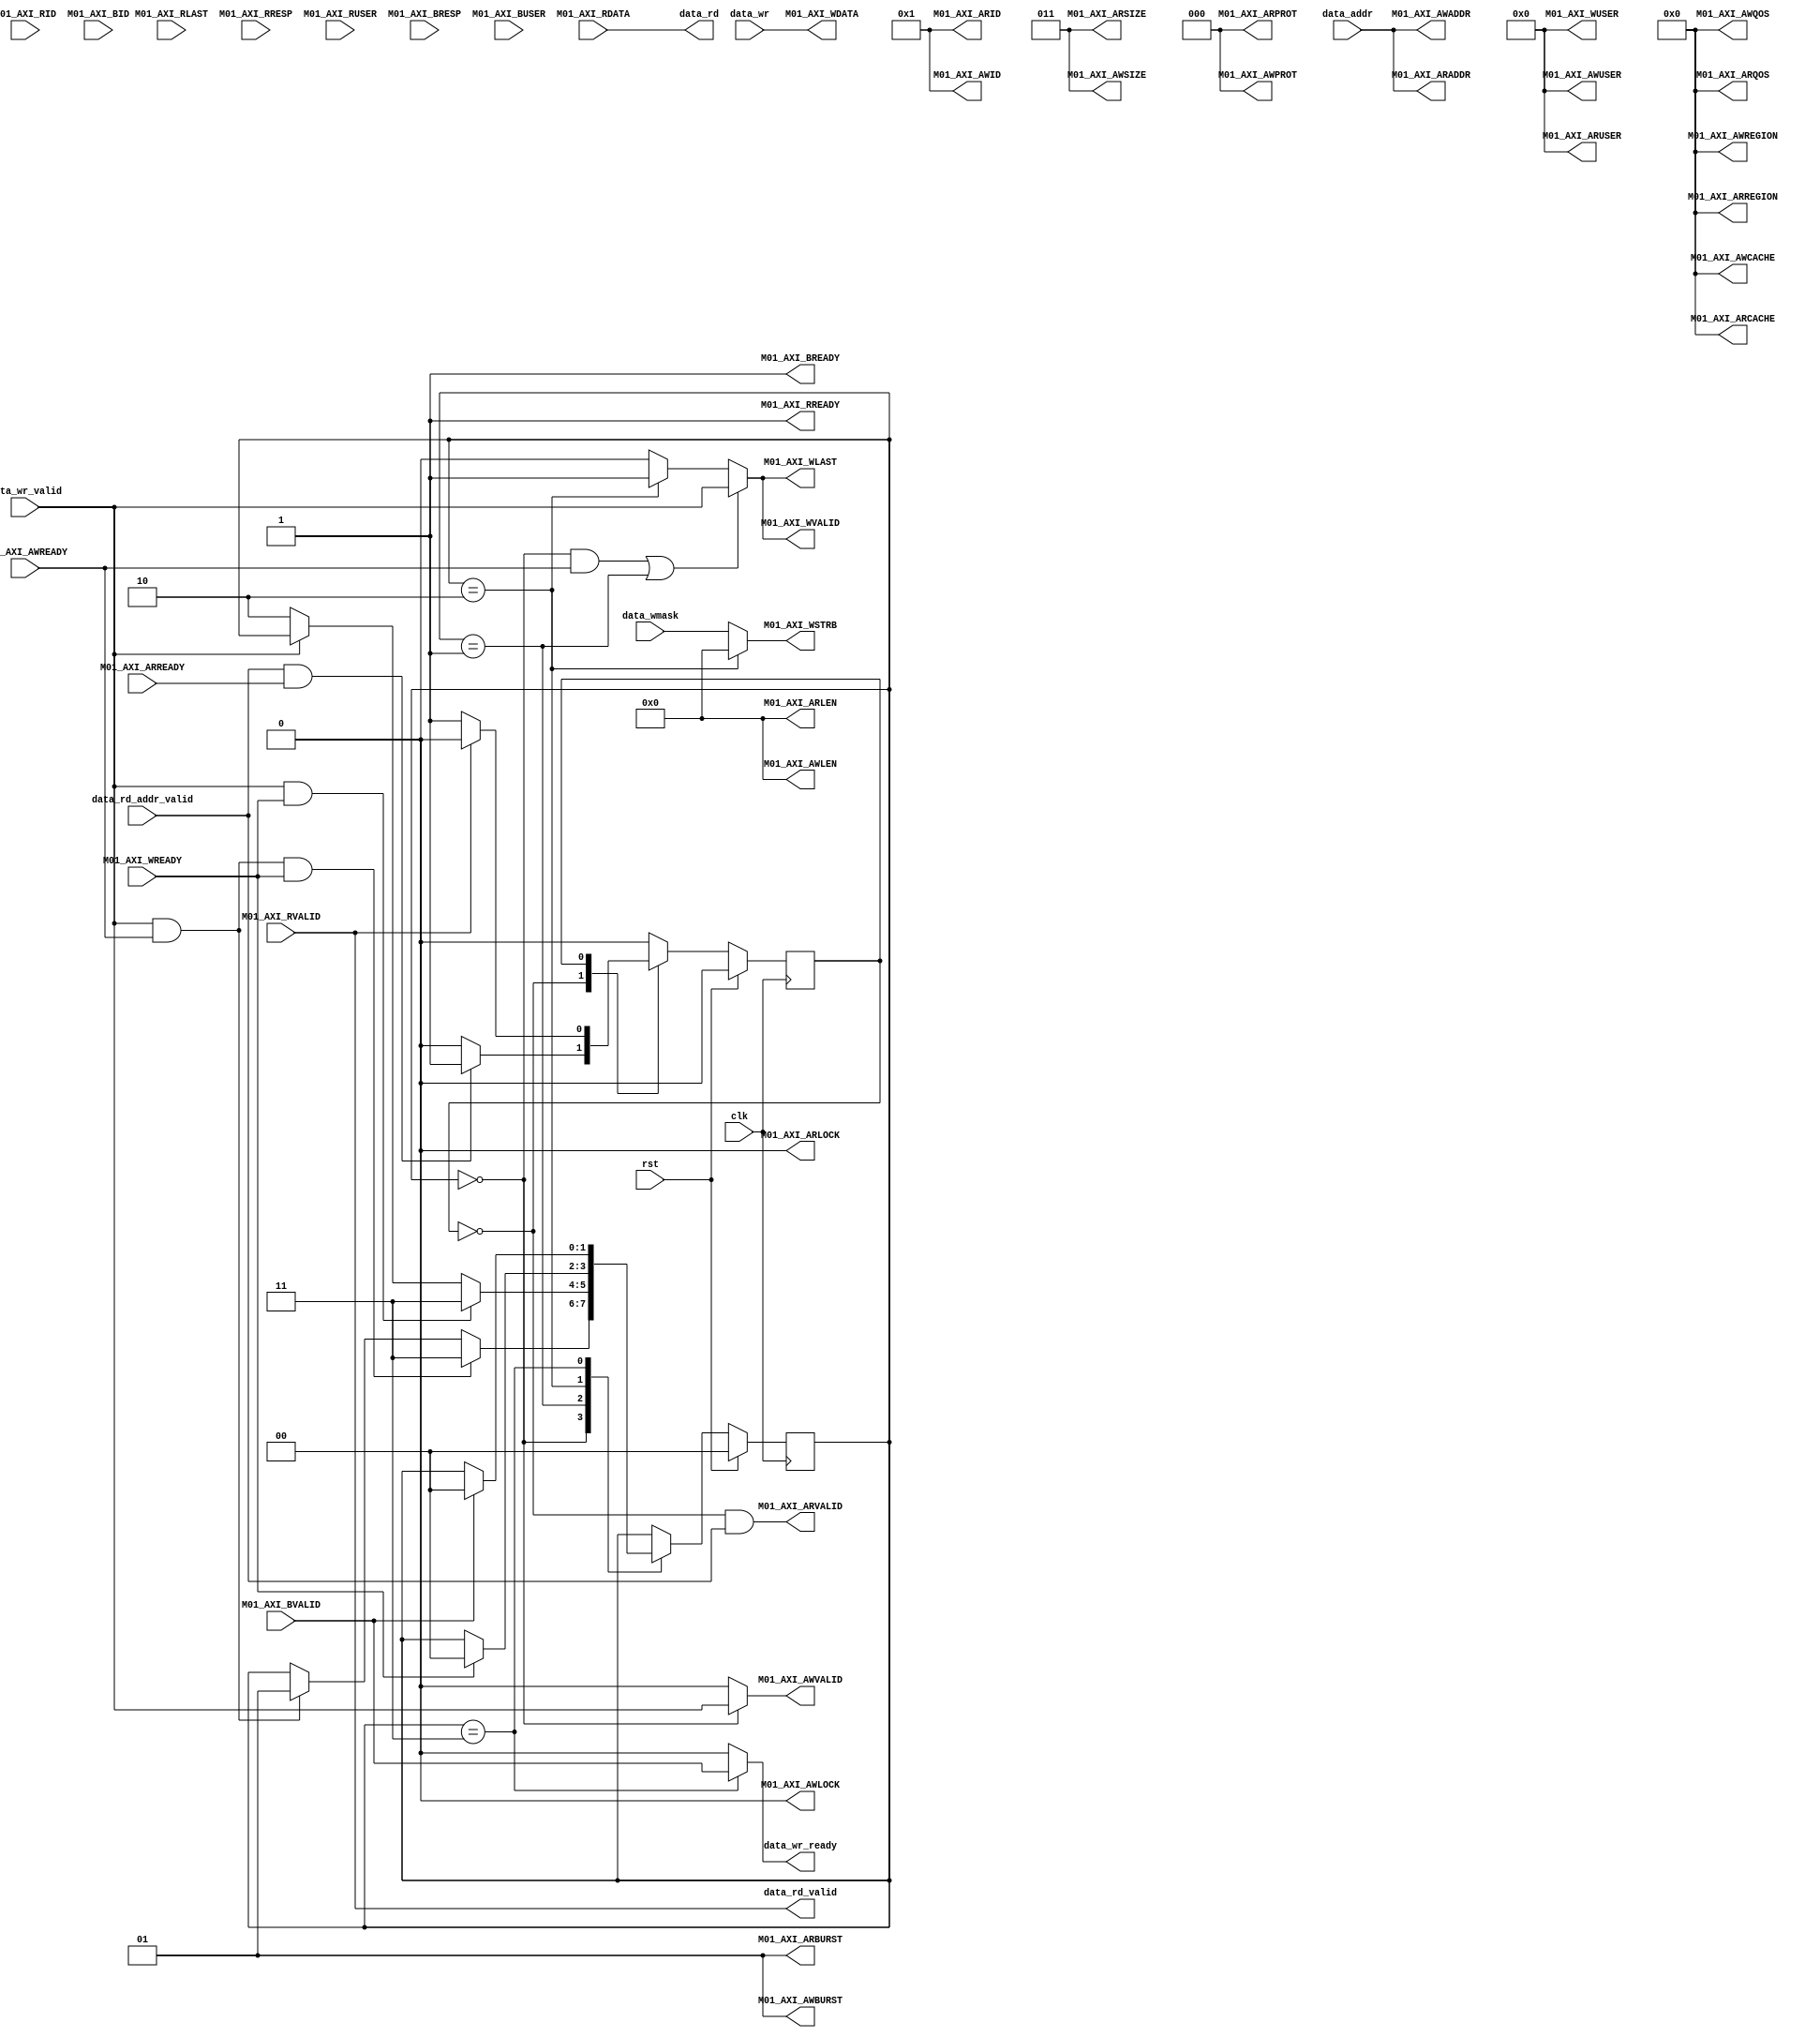
module mem_axi_rw#(
    parameter   DATA_WIDTH  = 64,             	//数据位宽
    parameter   ADDR_WIDTH  = 64,               //地址位宽              
    parameter   ID_WIDTH    = 4,               	//ID位宽
    parameter   USER_WIDTH  = 1024,             //USER位宽
	parameter	STRB_WIDTH  = 8
)(
	input        			clk			,
	input		 			rst			,

	input  [63:0] 	  		  data_addr  				   ,
	input 					  data_rd_addr_valid  		   ,
	output [DATA_WIDTH-1:0]   data_rd     				   ,
	output					  data_rd_valid				   ,
	input 					  data_wr_valid  		   	   ,
    input  [7:0] 		  	  data_wmask 				   ,
	input  [DATA_WIDTH-1:0]   data_wr    				   ,
	output	reg				  data_wr_ready				   ,
	
	output [ADDR_WIDTH-1:0]   M01_AXI_ARADDR               ,   
	output                    M01_AXI_ARVALID              ,   
	input                     M01_AXI_ARREADY              ,   
	output [7:0]              M01_AXI_ARLEN                , 
	output [ID_WIDTH-1:0]     M01_AXI_ARID                 ,   
	output [2:0]              M01_AXI_ARSIZE               ,   
	output [1:0]              M01_AXI_ARBURST              ,   
	output                    M01_AXI_ARLOCK               ,   
	output [3:0]              M01_AXI_ARCACHE              ,   
	output [2:0]              M01_AXI_ARPROT               ,   
	output [3:0]              M01_AXI_ARQOS                , 
	output [3:0]              M01_AXI_ARREGION             ,
    output [USER_WIDTH-1:0]   M01_AXI_ARUSER			   ,
	
	input [DATA_WIDTH-1:0]    M01_AXI_RDATA                ,   
	input                     M01_AXI_RLAST                ,   
	input                     M01_AXI_RVALID               ,   
	output                    M01_AXI_RREADY               , 
	input [ID_WIDTH-1:0]      M01_AXI_RID                  ,   
	input [1:0]               M01_AXI_RRESP                , 
	input [USER_WIDTH-1:0]	  M01_AXI_RUSER				   ,

	output [ADDR_WIDTH-1:0]   M01_AXI_AWADDR               , 
	output                    M01_AXI_AWVALID              , 
	input                     M01_AXI_AWREADY              , 
	output [7:0]              M01_AXI_AWLEN                , 
	output [ID_WIDTH-1:0]     M01_AXI_AWID                 , 
	output [2:0]              M01_AXI_AWSIZE               , 
	output [1:0]              M01_AXI_AWBURST              , 
	output                    M01_AXI_AWLOCK               , 
	output [3:0]              M01_AXI_AWCACHE              , 
	output [2:0]              M01_AXI_AWPROT               , 
	output [3:0]              M01_AXI_AWQOS                ,	
	output [3:0]              M01_AXI_AWREGION			  ,
    output [USER_WIDTH-1:0]   M01_AXI_AWUSER				  ,
	
	output [DATA_WIDTH-1:0]   M01_AXI_WDATA                , 
	output                    M01_AXI_WLAST                , 
	output                    M01_AXI_WVALID               , 
	input                     M01_AXI_WREADY               , 
	output [STRB_WIDTH-1:0]   M01_AXI_WSTRB                , 
    output [USER_WIDTH-1:0]   M01_AXI_WUSER				  ,	
	
	input [ID_WIDTH-1:0]      M01_AXI_BID                  , 
	input [1:0]               M01_AXI_BRESP                , 
	input                     M01_AXI_BVALID               , 
	output                    M01_AXI_BREADY               , 
	input [USER_WIDTH-1:0]    M01_AXI_BUSER				  	
);

reg		R_rd_state	= 'b0		;
parameter [1:0]  S_IDLE = 'd0	;
parameter [1:0]  S_ADDR_OVER = 'd1 ;
always@(posedge clk) begin
	if(rst) begin
		R_rd_state <=  S_IDLE			;
	end
	else case(R_rd_state) 
		S_IDLE: begin
			if(data_rd_addr_valid && M01_AXI_ARREADY ) 
				R_rd_state	<=	S_ADDR_OVER	;
		end
		S_ADDR_OVER:begin
			if(M01_AXI_RVALID)
				R_rd_state 	<=	S_IDLE		;
		end
		default:begin
			R_rd_state	<=	S_IDLE			;
		end
	endcase
end
	
			

assign 	  M01_AXI_ARADDR     =    data_addr			;
assign    M01_AXI_ARVALID    =	  (R_rd_state == S_IDLE) && data_rd_addr_valid;    
assign    M01_AXI_ARLEN 	 =	  'd0				;     
assign    M01_AXI_ARID		 =	  'd1				;       
assign    M01_AXI_ARSIZE	 = 	  'b011				;     
assign    M01_AXI_ARBURST	 =	  'b001				;    
assign    M01_AXI_ARLOCK     =  	'd0				;
assign    M01_AXI_ARCACHE    =    	'd0				;
assign    M01_AXI_ARPROT     =     	'd0				;
assign    M01_AXI_ARQOS      =		'd0				;
assign    M01_AXI_ARREGION   =  	'd0				;
assign    M01_AXI_ARUSER	 =      'd0				;
    
assign    data_rd 			 = 	M01_AXI_RDATA		;	           
assign    data_rd_valid		 =	M01_AXI_RVALID		;     
assign    M01_AXI_RREADY 	 = 'b1					;    


reg  [1:0]  R_wr_state 	     = 'd0	;
parameter [1:0]	 S_DEAL		 = 'd2	;
parameter [1:0]	 S_OVER		 = 'd3	;

always@(posedge clk) begin
	if(rst)
		R_wr_state <= S_IDLE		;
	else begin
		case(R_wr_state)
			S_IDLE:begin
				if(data_wr_valid && M01_AXI_AWREADY && M01_AXI_WREADY)
					R_wr_state  <= S_OVER		;
				else if(data_wr_valid && M01_AXI_AWREADY)
					R_wr_state	<=	S_ADDR_OVER	;
			end
			S_ADDR_OVER:begin
				if(data_wr_valid && M01_AXI_WREADY)
					R_wr_state  <=  S_OVER		;
				else if(~data_wr_valid) 
					R_wr_state 	<=  S_DEAL		;
			end
			S_DEAL:begin
				if(M01_AXI_WREADY)
					R_wr_state   <=    S_IDLE		;
			end
			S_OVER:begin
				if(M01_AXI_BVALID)
					R_wr_state  <=	S_IDLE		;
			end
			default:begin
				R_wr_state	<=	S_IDLE			;
			end
		endcase
	end
end
	
always@(*) begin
	case(R_wr_state)
	S_OVER:
		data_wr_ready = M01_AXI_BVALID;
	default:
		data_wr_ready = 'b0				;
	endcase
end

assign	  M01_AXI_AWADDR	 =  data_addr			;     
assign    M01_AXI_AWVALID 	 =(R_wr_state == S_IDLE)?	data_wr_valid:'b0;       
assign    M01_AXI_AWLEN		 =	  'd0				; 					    
assign    M01_AXI_AWID       =	  'd1				; 
assign    M01_AXI_AWSIZE     = 	  'b011				; 
assign    M01_AXI_AWBURST    =	  'b001				; 
assign    M01_AXI_AWLOCK     =  	'd0				;
assign    M01_AXI_AWCACHE    =    	'd0				;
assign    M01_AXI_AWPROT     =     	'd0				;
assign    M01_AXI_AWQOS      =		'd0				;
assign    M01_AXI_AWREGION	 =  	'd0				;
assign    M01_AXI_AWUSER	 =      'd0				;	
   
assign    M01_AXI_WDATA		 =	data_wr				;      
assign    M01_AXI_WLAST      = M01_AXI_WVALID		;
assign    M01_AXI_WVALID	 =  ((R_wr_state == S_IDLE && M01_AXI_AWREADY)||(R_wr_state == S_ADDR_OVER))? data_wr_valid:((R_wr_state == S_DEAL)?'b1:'b0)		;	        
assign    M01_AXI_WSTRB 	 =	(R_wr_state == S_DEAL)?'b0:data_wmask			;    
assign    M01_AXI_WUSER		 =	'd0					;
        
assign    M01_AXI_BREADY	 =	'b1					;  





endmodule